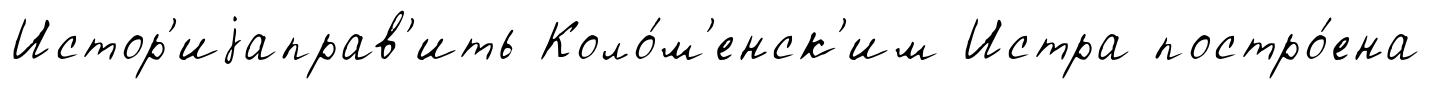
Истор'иjаправ'ить Коло́м'енск'им Истра постро́ена